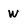
Character: w